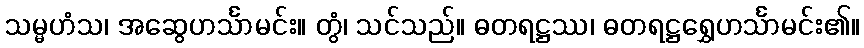
သမ္မဟံသ၊ အဆွေဟင်္သာမင်း။ တွံ၊ သင်သည်။ ဓတရဋ္ဌဿ၊ ဓတရဋ္ဌရွှေဟင်္သာမင်း၏။